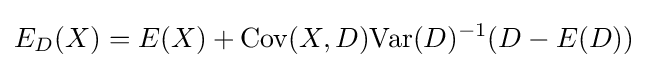
E_{D}(X)=E(X)+\mathrm {Cov} (X,D)\mathrm {Var} (D)^{-1}(D-E(D))